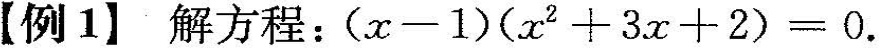
【例1】解方程：$$ ( x - 1 ) ( x ^ { 2 } + 3 x + 2 ) = 0$$.